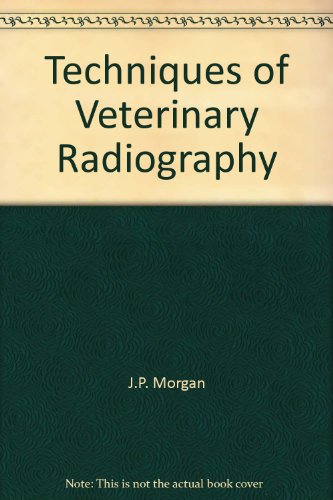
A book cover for Techniques of Veterinary Radiography; J.P. Morgan; Medical Books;